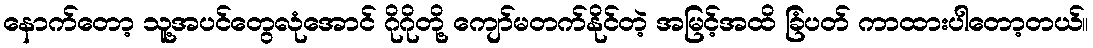
နောက်တော့ သူ့အပင်တွေလုံအောင် ဂိုဂိုတို့ ကျော်မတက်နိုင်တဲ့ အမြင့်အထိ ခြံပတ် ကာထားပါတော့တယ်။